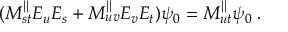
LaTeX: ( M _ { s t } ^ { \parallel } E _ { u } E _ { s } + M _ { u v } ^ { \parallel } E _ { v } E _ { t } ) \psi _ { 0 } = M _ { u t } ^ { \parallel } \psi _ { 0 } \; .